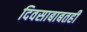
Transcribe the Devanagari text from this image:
दिवसाबाबतही